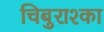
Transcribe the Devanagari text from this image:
चिबुराश्का